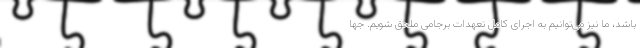
باشد، ما نیز می‌توانیم به اجرای کامل تعهدات برجامی ملحق شویم. جها